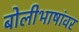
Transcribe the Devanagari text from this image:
बोलीभाषांवर